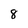
Character: 8